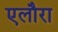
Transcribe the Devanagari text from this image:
एलौरा